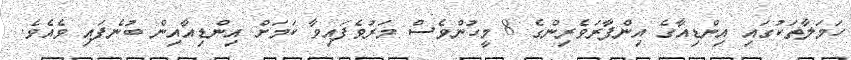
ހަމަލާތަކުގައި އިންޑިއާގެ އިންފާރަވެރިންގެ 8 މީހުންވެސް މަރުވެފައިވާ ކަމަށް އިންޑިއާއިން ބުނެފައި ވެއެވެ.